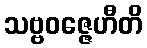
သဗ္ဗဝဇ္ဇေဟီတိ